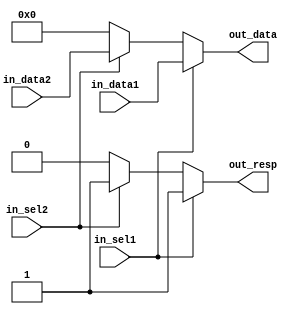
module mux_int(out_data, out_resp, in_data1, in_data2, in_sel1, in_sel2);
   
   output [0:31] out_data;
   output        out_resp;
   
   input [0:31]  in_data1, in_data2;
   input  	 in_sel1,  in_sel2;
   
   assign 	 out_resp = 
		 (in_sel1 != 1'b0) ? in_sel1 :
		 (in_sel2 != 1'b0) ? in_sel2 :
		 1'b0;

   assign 	 out_data[0:31] = 
		 (in_sel1 != 1'b0) ? in_data1 :
		 (in_sel2 != 1'b0) ? in_data2 :
		 32'b0;

endmodule // mux_int